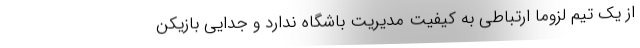
از یک تیم لزوماً ارتباطی به کیفیت مدیریت باشگاه ندارد و جدایی بازیکن